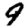
Digit: 9